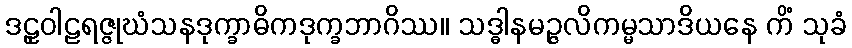
ဒဠှဝါဠရဇ္ဇုဃံသနဒုက္ခာဓိကဒုက္ခဘာဂိဿ။ သဒ္ဓါနမဉ္ဇလိကမ္မသာဒိယနေ ကိံ သုခံ